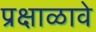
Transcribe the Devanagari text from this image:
प्रक्षाळावे